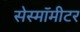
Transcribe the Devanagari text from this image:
सेस्मॉमीटर